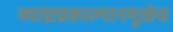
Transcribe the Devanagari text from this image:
व्याघ्रप्रकाल्पानमुळेच